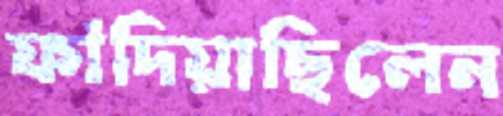
ফাঁদিয়াছিলেন